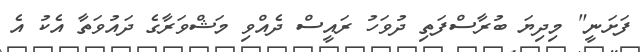
ފަށަނީ" މިދިޔަ ބުރާސްފަތި ދުވަހު ރައީސް ދެއްވި މަޝްވަރާގެ ދައުވަތާ އެކު އެ